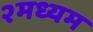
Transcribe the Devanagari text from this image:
२मध्यम